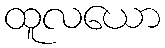
ထူလယော